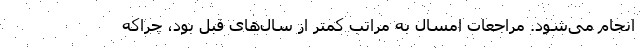
انجام می‌شود. مراجعات امسال به مراتب کمتر از سال‌های قبل بود، چراکه